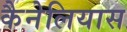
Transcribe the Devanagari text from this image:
कैनेलियास